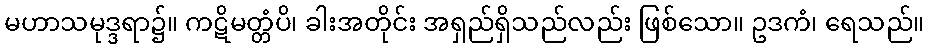
မဟာသမုဒ္ဒရာ၌။ ကဋိမတ္တံပိ၊ ခါးအတိုင်း အရှည်ရှိသည်လည်း ဖြစ်သော။ ဥဒကံ၊ ရေသည်။